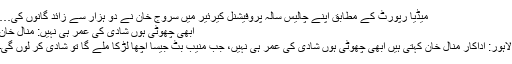
میڈیا رپورٹ کے مطابق اپنے چالیس سالہ پروفیشنل کیرئیر میں سروج خان نے دو ہزار سے زائد گانوں کی…
ابھی چھوٹی ہوں شادی کی عمر ہی نہیں: منال خان
لاہور: اداکار منال خان کہتی ہیں ابھی چھوٹی ہوں شادی کی عمر ہی نہیں، جب منیب بٹ جیسا اچھا لڑکا ملے گا تو شادی کر لوں گی۔